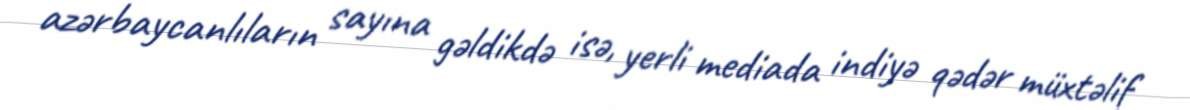
azərbaycanlıların sayına gəldikdə isə, yerli mediada indiyə qədər müxtəlif